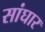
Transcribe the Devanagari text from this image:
सांघार